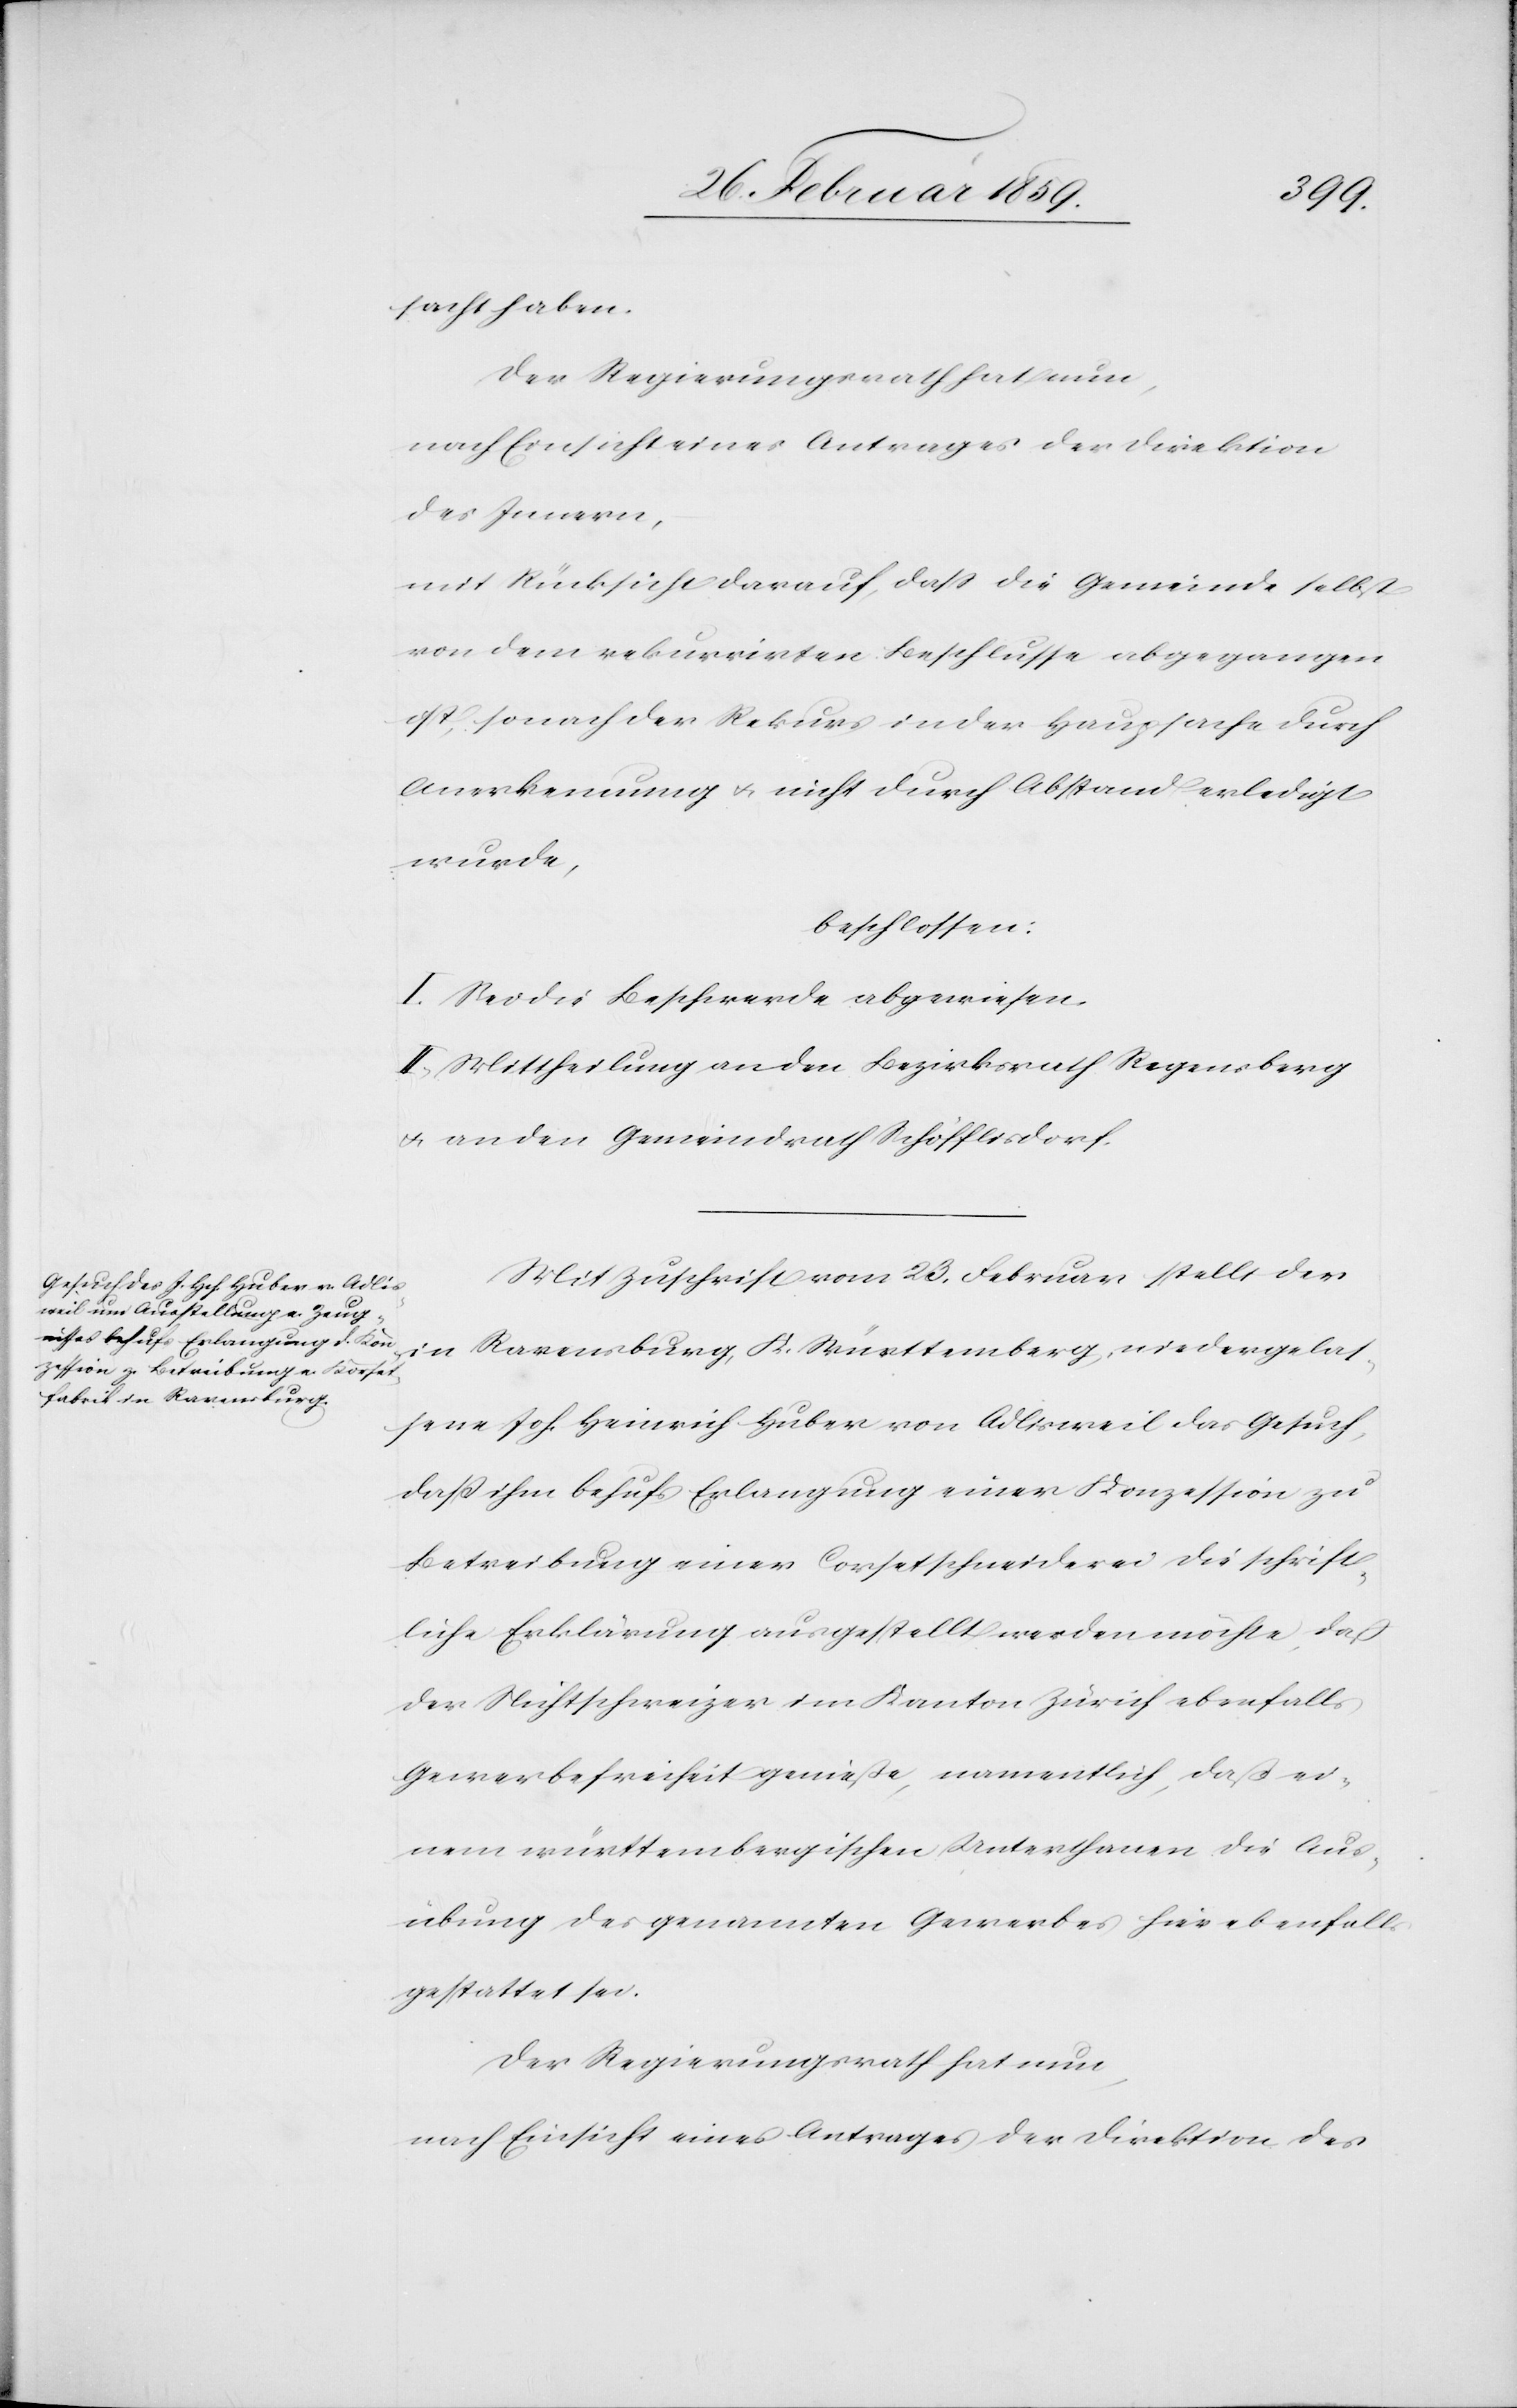
sacht haben.
Der Regierungsrath hat nun,
nach Einsicht eines Antrages der Direktion
des Innern,
mit Rücksicht darauf, daß die Gemeinde selbst
von dem rekurrirten Beschlusse abgegangen
ist, sonach der Rekurs in der Hauptsache durch
Anerkennung u. nicht durch Abstand erledigt
wurde,
beschlossen:
I. Sei die Beschwerde abgewiesen.
II. Mittheilung an den Bezirksrath Regensberg
u. an den Gemeindrath Schöfflisdorf.
Mit Zuschrift vom 23. Februar stellt der
in Ravensburg, K. Württemberg, niedergelas¬
sene Joh. Heinrich Huber von Adlisweil das Gesuch,
daß ihm behufs Erlangung einer Konzession zu
Betreibung einer Corsetschneiderei die schrift¬
liche Erklärung ausgestellt werden möchte, daß
der Nichtschweizer im Kanton Zürich ebenfalls
Gewerbefreiheit genieße, namentlich, daß ei¬
nem württembergischen Unterthanen die Aus¬
übung des genannten Gewerbes hier ebenfalls
gestattet sei.
Der Regierungsrath hat nun,
nach Einsicht eines Antrages der Direktion des